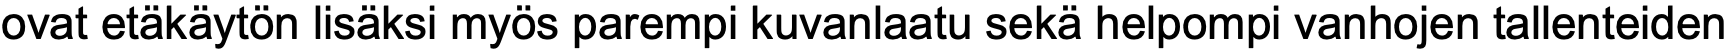
ovat etäkäytön lisäksi myös parempi kuvanlaatu sekä helpompi vanhojen tallenteiden